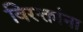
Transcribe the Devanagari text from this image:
विरक्तांना